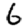
Digit: 6